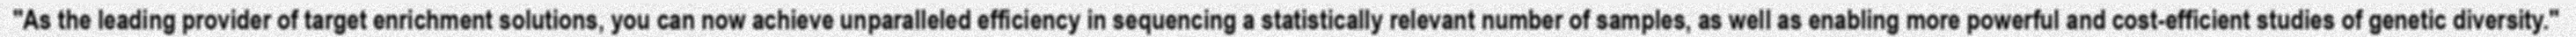
"As the leading provider of target enrichment solutions, you can now achieve unparalleled efficiency in sequencing a statistically relevant number of samples, as well as enabling more powerful and cost-efficient studies of genetic diversity."